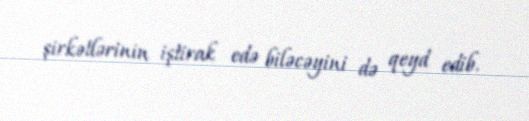
şirkətlərinin iştirak edə biləcəyini də qeyd edib.